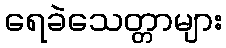
ရေခဲသေတ္တာများ